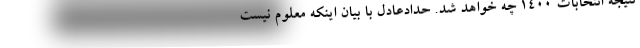
نتیجه انتخابات ۱۴۰۰ چه‌ خواهد شد. حدادعادل با بیان اینکه معلوم نیست